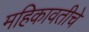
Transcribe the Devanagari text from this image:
महिकावतीचे